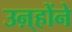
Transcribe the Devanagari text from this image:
उऩ्होंने